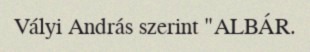
Vályi András szerint "ALBÁR.